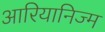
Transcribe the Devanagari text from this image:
आरियानिज्म